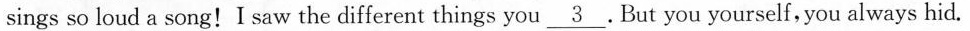
sings so loud a song!I saw the different things you \underline{3}. But you yourself, you always hid.